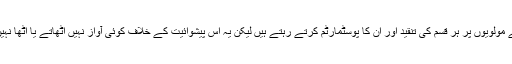
ہم تو اپنے مولویوں پر ہر قسم کی تنقید اور ان کا پوسٹمارٹم کرتے رہتے ہیں لیکن یہ اس پیشوائیت کے خلاف کوئی آواز نہیں اٹھاتے یا اٹھا نہیں سکتے۔